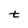
Character: t